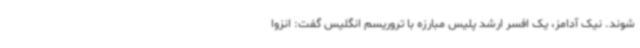
شوند. نیک آدامز، یک افسر ارشد پلیس مبارزه با تروریسم انگلیس گفت: انزوا